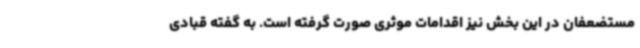
مستضعفان در این بخش نیز اقدامات موثری صورت گرفته است. به گفته قبادی